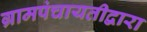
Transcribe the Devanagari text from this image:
ग्रामपंचायतीद्वारा